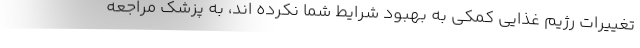
تغییرات رژیم غذایی کمکی به بهبود شرایط شما نکرده اند، به پزشک مراجعه